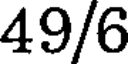
49/6